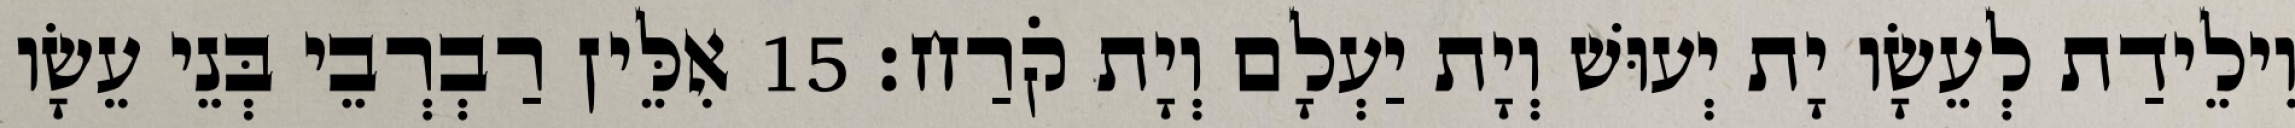
וִילֵידַת לְעֵשָׂו יָת יְעוּשׁ וְיָת יַעְלָם וְיָת קֹרַח׃ 15 אִלֵּין רַבְרְבֵי בְּנֵי עֵשָׂו